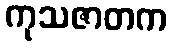
ကုသဇာတက